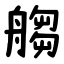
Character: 䑼